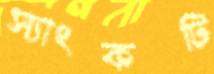
স্যাংকটি